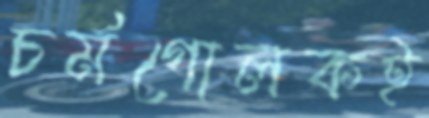
চর্মগোলকই